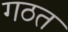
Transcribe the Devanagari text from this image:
गठत